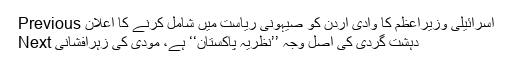
Previous اسرائیلی وزیراعظم کا وادی اردن کو صیہونی ریاست میں شامل کرنے کا اعلان
Next دہشت گردی کی اصل وجہ ’’نظریہ پاکستان‘‘ ہے، مودی کی زہرافشانی